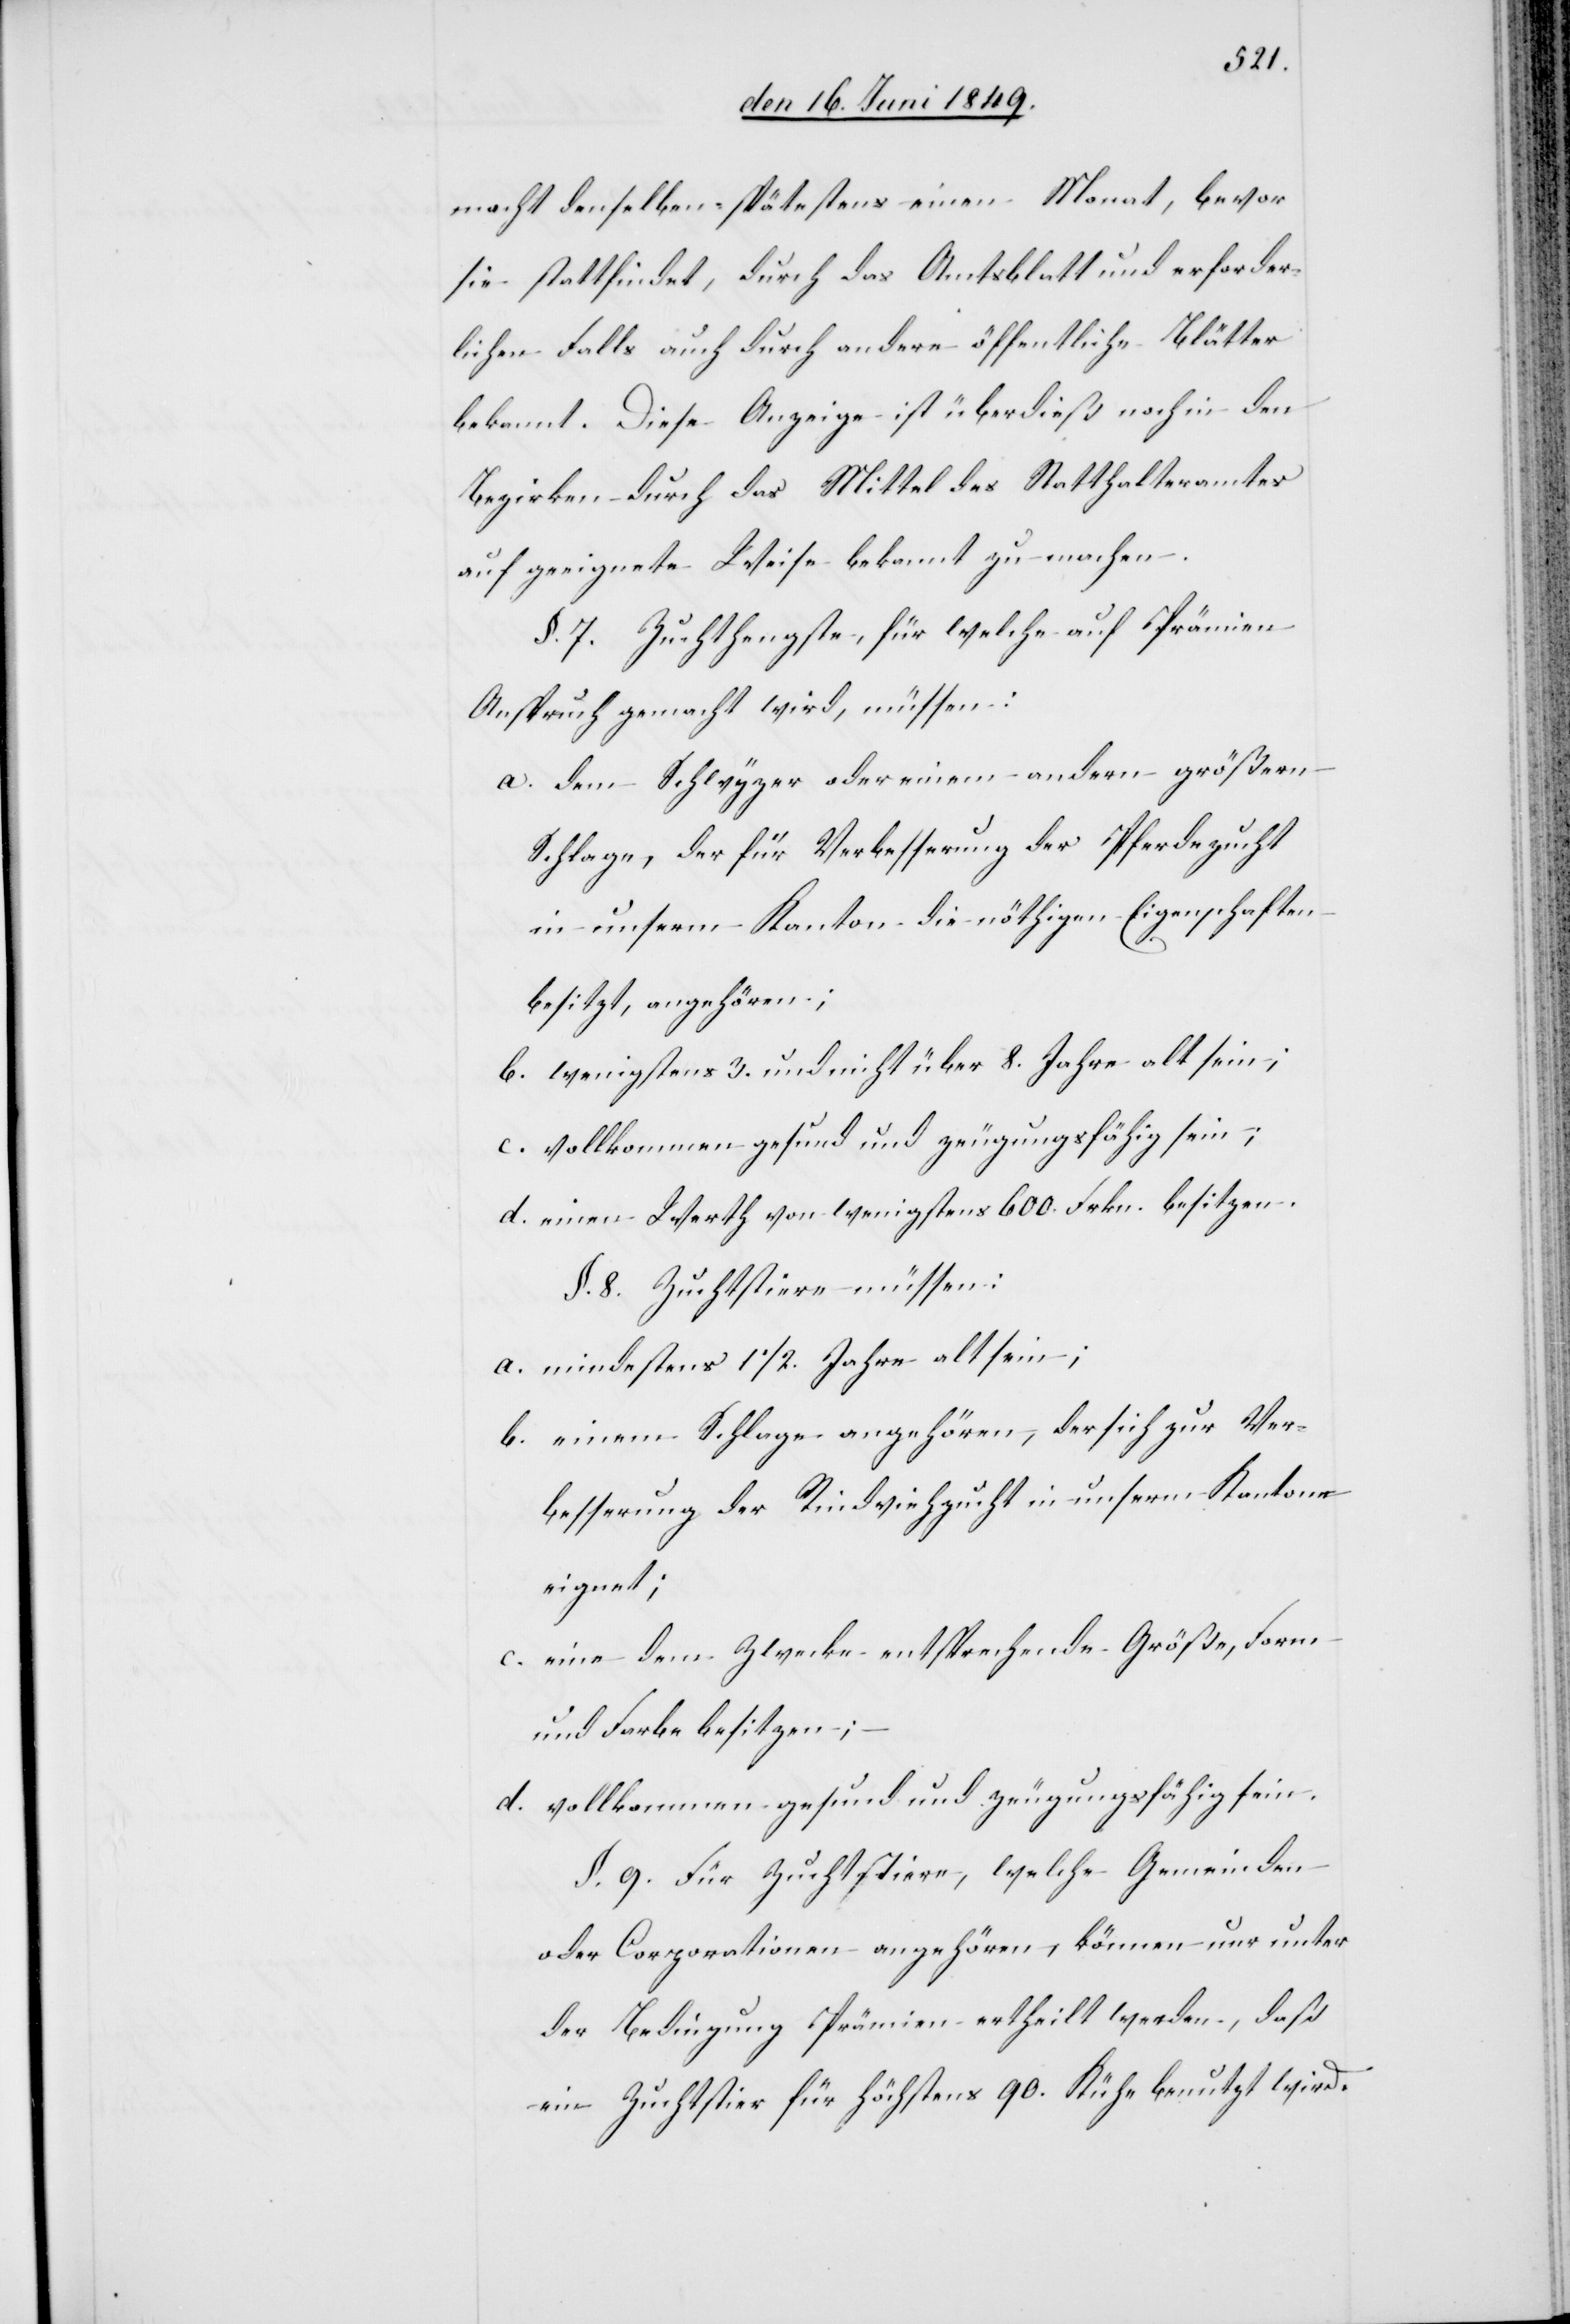
macht denselben spätestens einen Monat, bevor
sie stattfindet, durch das Amtsblatt und erforder¬
lichen Falls auch durch andere öffentliche Blätter
bekannt. Diese Anzeige ist überdieß noch in den
Bezirken durch das Mittel des Statthalteramtes
auf geeignete Weise bekannt zu machen.
§. 7. Zuchthengste, für welche auf Prämien
Anspruch gemacht wird, müssen:
a. dem Schwyzer oder einem andern größern
Schlage, der für Verbesserung der Pferdezucht
in unserm Kanton die nöthigen Eigenschaften
besitzt, angehören;
b. wenigstens 3. und nicht über 8. Jahre alt sein;
c. vollkommen gesund und zeugungsfähig sein;
d. einen Werth von wenigstens 600. Frkn. besitzen.
§. 8. Zuchtstiere müssen:
a. mindestens 1 1/2. Jahre alt sein;
b. einem Schlage angehören, der sich zur Ver¬
besserung der Rindviehzucht in unserm Kantone
eignet;
c. eine dem Zwecke entsprechende Größe, Form
und Farbe besitzen;
d. vollkommen gesund und zeugungsfähig sein.
§. 9. Für Zuchtstiere, welche Gemeinden
oder Corporationen angehören, können nur unter
der Bedingung Prämien ertheilt werden, daß
ein Zuchtstier für höchstens 90. Kühe benutzt wird.